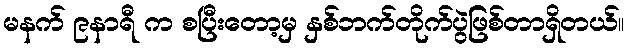
မနက် ၉နာရီ က စပြီးတော့မှ နှစ်ဘက်တိုက်ပွဲဖြစ်တာရှိတယ်။